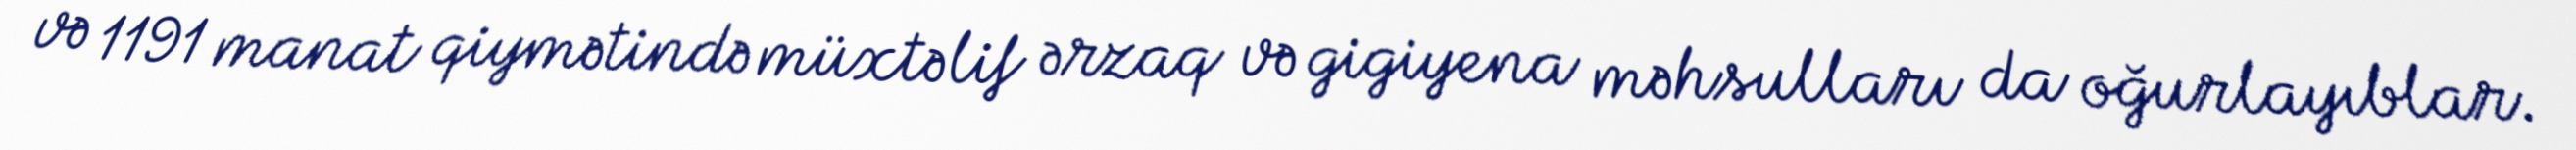
və 1191 manat qiymətində müxtəlif ərzaq və gigiyena məhsulları da oğurlayıblar.